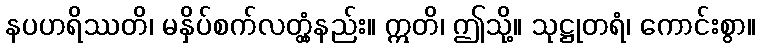
နပဟရိဿတိ၊ မနှိပ်စက်လတ္တံ့နည်း။ ဣတိ၊ ဤသို့။ သုဋ္ဌုတရံ၊ ကောင်းစွာ။